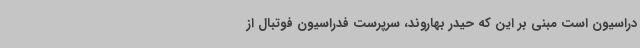
دراسیون است مبنی بر این که حیدر بهاروند، سرپرست فدراسیون فوتبال از